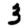
Digit: 3